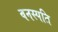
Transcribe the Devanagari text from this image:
वनस्‍पति